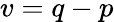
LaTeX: v=q-p